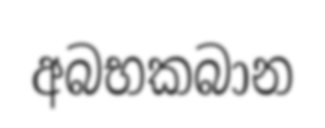
අබභකබාන